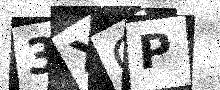
Text: 3XOP